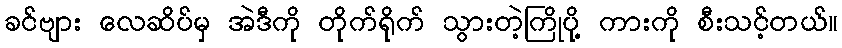
ခင်ဗျား လေဆိပ်မှ အဲဒီကို တိုက်ရိုက် သွားတဲ့ကြိုပို့ ကားကို စီးသင့်တယ်။